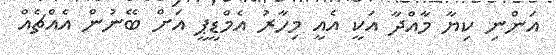
އަންނި ކިޔާ މާއްދާ އަކީ އެއީ މިހާރު އެމްޑީޕީ އަށް ބޭނުން އެއްޗެއް